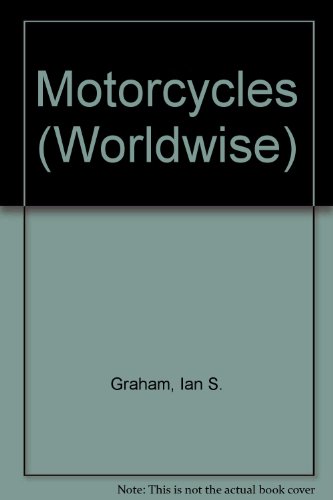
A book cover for Motorcycles (Worldwise); Ian S. Graham; Children's Books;